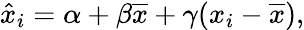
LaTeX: \hat{x}_{i}=\alpha+\beta\overline{{x}}+\gamma(x_{i}-\overline{{x}}),